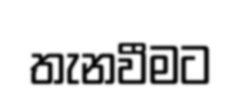
තැනවීමට